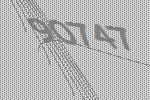
90747